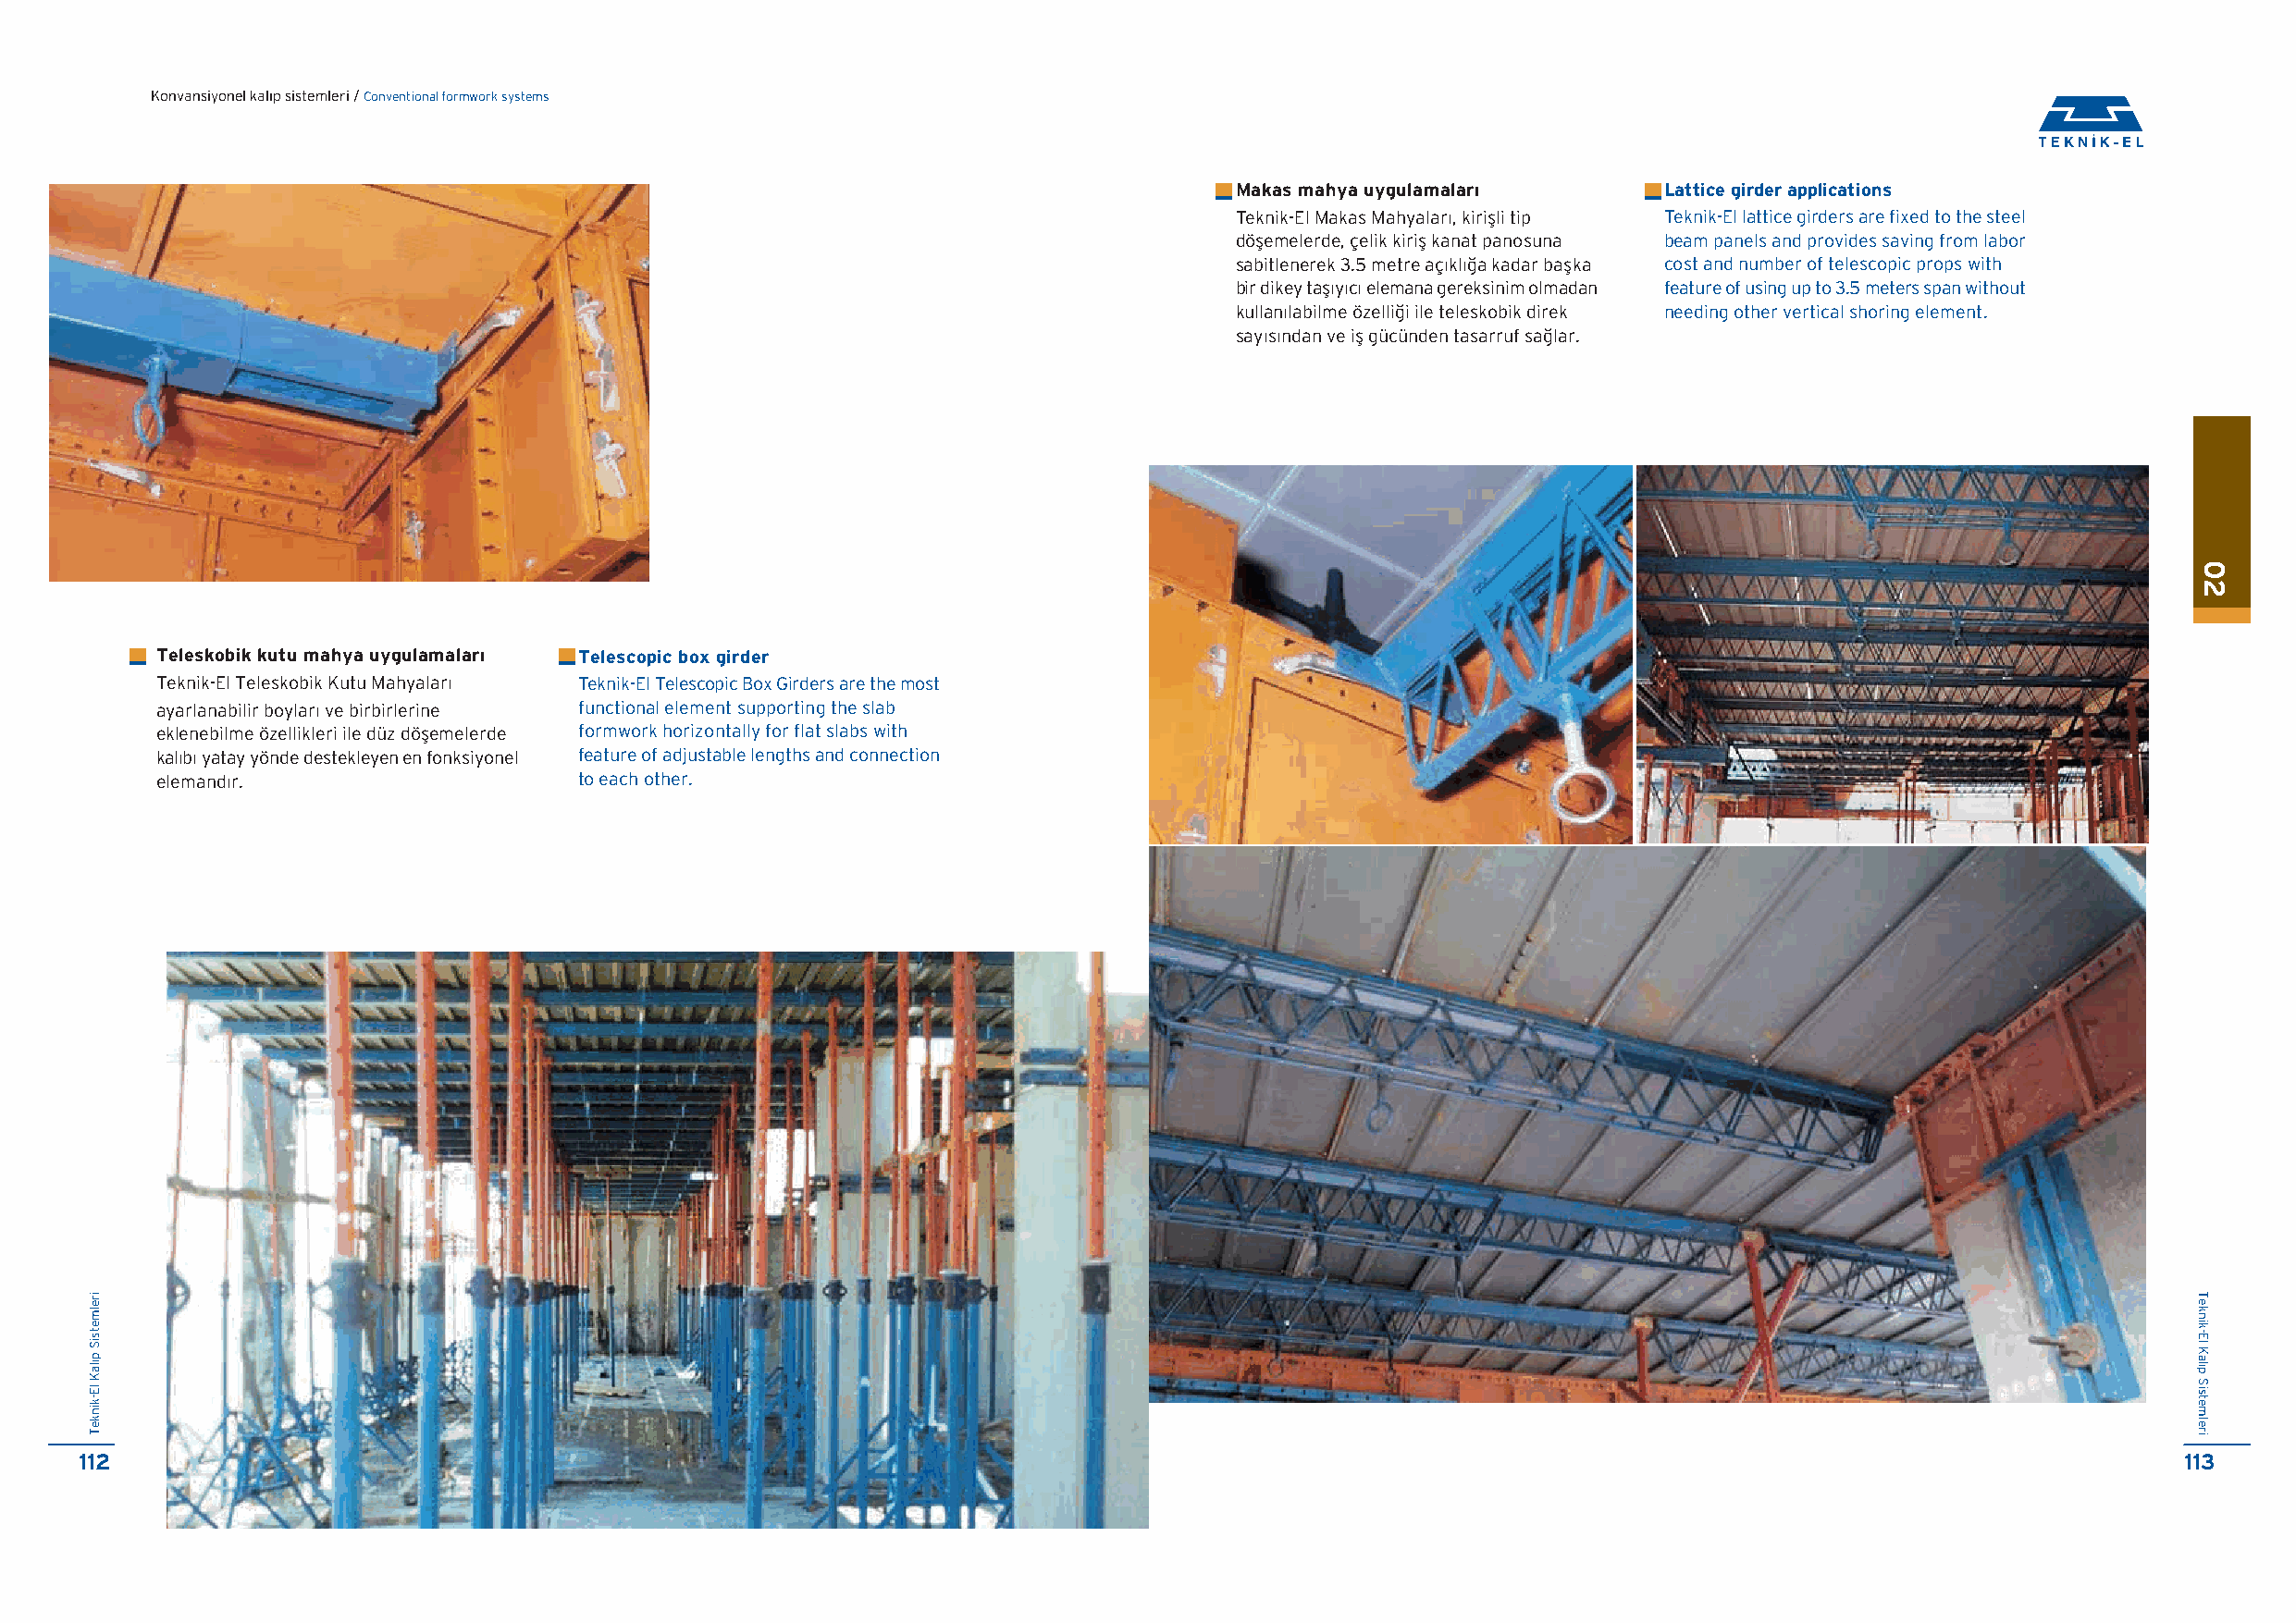
Konvansiyonel kal›p sistemleri / Conventional formwork systems
 Makas mahya uygulamalar›       Lattice girder applications
 Teknik-El Makas Mahyaları, kiriflli tip Teknik-El lattice girders are fixed to the steel
 döflemelerde, çelik kirifl kanat panosuna beam panels and provides saving from labor
 sabitlenerek 3.5 metre açıklı¤a kadar baflka cost and number of telescopic props with
 bir dikey taflıyıcı elemana gereksinim olmadan feature of using up to 3.5 meters span without
 kullanılabilme özelli¤i ile teleskobik direk needing other vertical shoring element.
 sayısından ve ifl gücünden tasarruf sa¤lar.
 Teleskobik kutu mahya uygulamalar› Telescopic box girder
 Teknik-El Teleskobik Kutu Mahyaları Teknik-El Telescopic Box Girders are the most
 ayarlanabilir boyları ve birbirlerine functional element supporting the slab
 eklenebilme özellikleri ile düz döflemelerde formwork horizontally for flat slabs with
 kalıbı yatay yönde destekleyen en fonksiyonel feature of adjustable lengths and connection
 elemandır.                    to each other.
 112                                                                                                                                                   113
 irelmetsiS
 p›laK
 lE-kinkeT
 02
 Teknik-El
 Kal›p
 Sistemleri